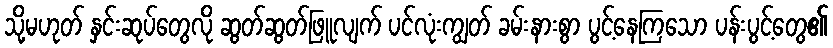
သို့မဟုတ် နှင်းဆုပ်တွေလို ဆွတ်ဆွတ်ဖြူလျက် ပင်လုံးကျွတ် ခမ်းနားစွာ ပွင့်နေကြသော ပန်းပွင့်တွေ၏